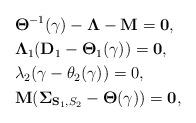
LaTeX: \begin{align*}&\mathbf{\Theta}^{-1}(\gamma)-\mathbf{\Lambda}-\mathbf{M}=\mathbf{0},\\&\mathbf{\Lambda}_1(\mathbf{D}_1-\mathbf{\Theta}_{1}(\gamma))=\mathbf{0},\\&\lambda_2(\gamma-\theta_{2}(\gamma))=0,\\&\mathbf{M}(\mathbf{\Sigma}_{\mathbf{S}_1,S_2}-\mathbf{\Theta}(\gamma))=\mathbf{0},\end{align*}